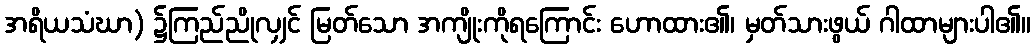
အရိယသံဃာ) ၌ကြည်ညိုလျှင် မြတ်သော အကျိုးကိုရကြောင်း ဟောထား၏၊ မှတ်သားဖွယ် ဂါထာများပါ၏။